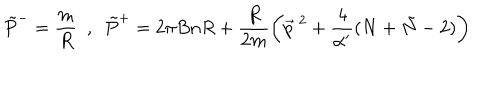
\tilde { P } ^ { - } = \frac { m } { R } ~ ~ , ~ ~ \tilde { P } ^ { + } = 2 \pi B n R + \frac { R } { 2 m } \left( \vec { p } ^ { ~ 2 } + \frac { 4 } { \alpha ^ { \prime } } ( N + \tilde { N } - 2 ) \right)